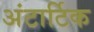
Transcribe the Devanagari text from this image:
अंटार्टिक